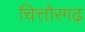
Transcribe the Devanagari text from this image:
चित्तोरगढ़